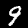
Digit: 9